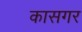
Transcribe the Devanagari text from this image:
कासगर